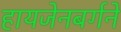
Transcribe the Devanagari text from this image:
हायजेनबर्गने